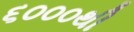
૬૦૦૦થી